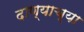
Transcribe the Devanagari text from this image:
दाण्याच्या